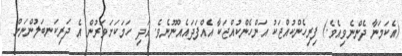
(އެކަމަނާ ދެންނެވިއެވެ.) ފިރިހެންކުއްޖަކު އަންހެންކުއްޖަކާ އެއްފަދައެއްނޫނެވެ. އަދި ހަމަކަށަވަރުން އެ ދަރިކަނބަލުންނަށް